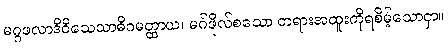
မဂ္ဂဖလာဒိဝိသေသာဓိဂမတ္ထာယ၊ မဂ်ဖိုလ်စသော တရားအထူးကိုရစိမ့်သောငှာ။